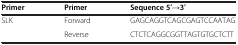
<table><thead><tr><td><b>Primer</b></td><td><b>Primer</b></td><td><b>Sequence 5′→3′</b></td></tr></thead><tbody><tr><td>SLK</td><td>Forward</td><td>GAGCAGGTCAGCGAGTCCAATAG</td></tr><tr><td> </td><td>Reverse</td><td>CTCTCAGGCGGTTAGTGTGCTCTT</td></tr></tbody></table>